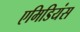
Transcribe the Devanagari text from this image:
एमिडियंस